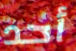
أحد